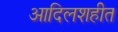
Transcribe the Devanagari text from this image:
आदिलशहीत